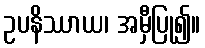
ဥပနိဿာယ၊ အမှီပြု၍။